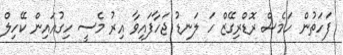
ފަހަތުން ހަމެސް ރޮޑްރިގޭޒް ހަ ލަނޑު ޖަހާފައިވާ އިރު މެސީ ހިގުއައިން ކޭހިލް